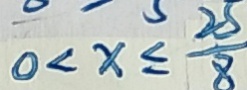
0 < x \leq \frac { 2 5 } { 8 }